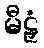
မီဠှံ